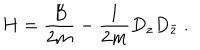
H = \frac { B } { 2 m } - \frac { 1 } { 2 m } D _ { z } D _ { \bar { z } } \ .